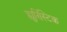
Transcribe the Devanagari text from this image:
ह्युरिस्टिक